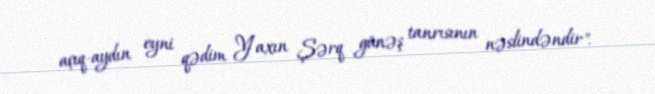
açıq-aydın eyni qədim Yaxın Şərq günəş tanrısının nəslindəndir".